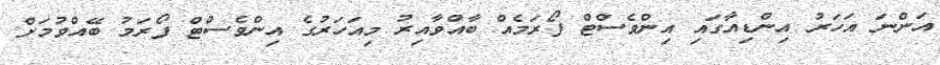
އަންނަ އަހަރު އިންޑިއާގައި އިންވެސްޓް ފޯރަމެއް ބާއްވާއިރު މިއަހަރުގެ އިންވެސްޓް ފޯރަމު ބޭއްވުމަށް